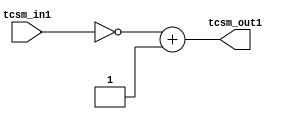
module two_to_sign(input [8:0] tcsm_in1, output [8:0] tcsm_out1);
assign tcsm_out1 = (~tcsm_in1) + 1;
endmodule